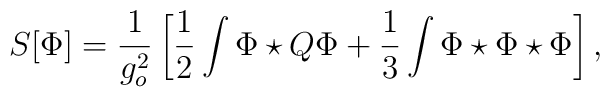
S[\Phi]=\frac{1}{g_{o}^2}\left[\frac12 \int \Phi \star Q\Phi+\frac13 \int \Phi \star \Phi \star\Phi\right],